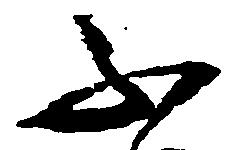
不